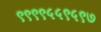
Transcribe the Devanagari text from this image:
९९९९५५९५९७